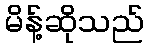
မိန့်ဆိုသည်